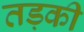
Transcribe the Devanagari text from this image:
तड़की